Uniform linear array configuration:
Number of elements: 16
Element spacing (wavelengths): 0.25
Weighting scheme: blackman
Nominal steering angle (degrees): -15
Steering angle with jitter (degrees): -14.859
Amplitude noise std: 0.05
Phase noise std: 0.05

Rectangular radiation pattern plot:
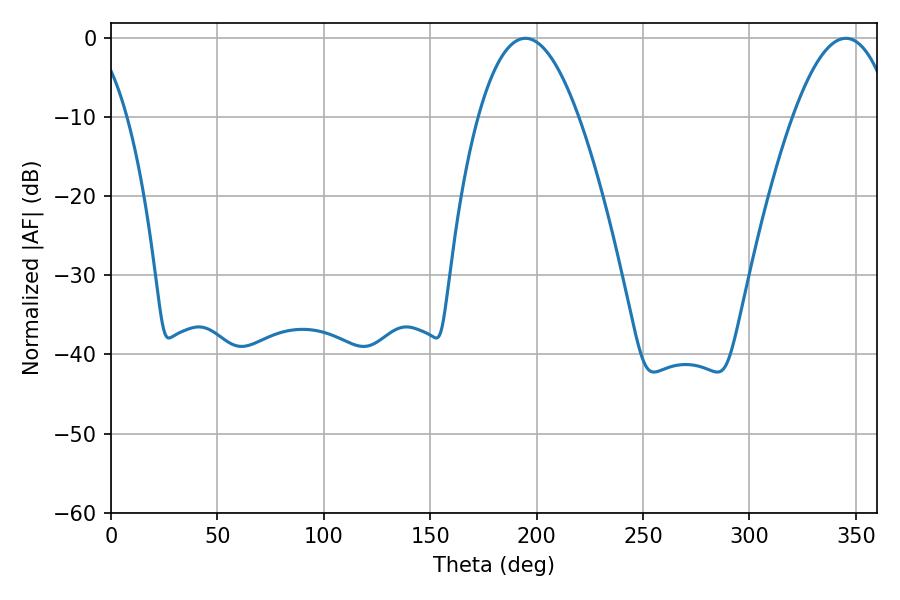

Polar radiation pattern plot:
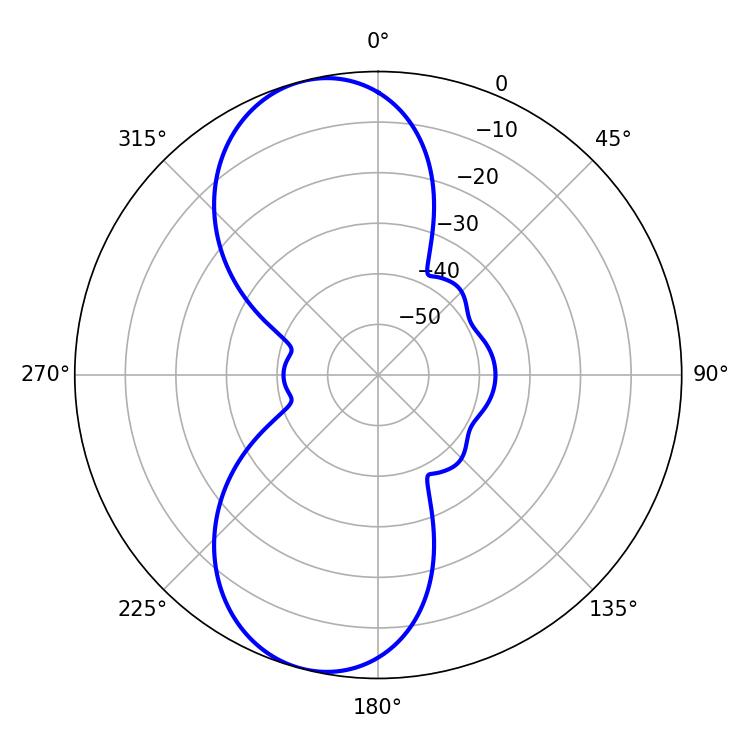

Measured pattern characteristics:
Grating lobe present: FALSE
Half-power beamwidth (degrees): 25.92
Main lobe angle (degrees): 194.76